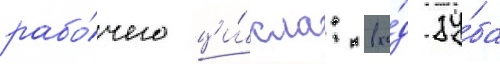
рабо́чего ци́кла: вхо́д зу́ба